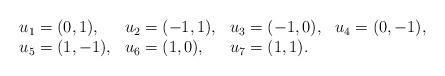
LaTeX: \begin{align*}\begin{array}{llll}u_1=(0,1), &u_2=(-1,1), &u_3=(-1,0), &u_4=(0,-1), \\ u_5=(1,-1), &u_6=(1,0), &u_7=(1,1). &\end{array}\end{align*}